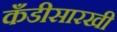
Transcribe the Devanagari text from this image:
कँडीसारखी